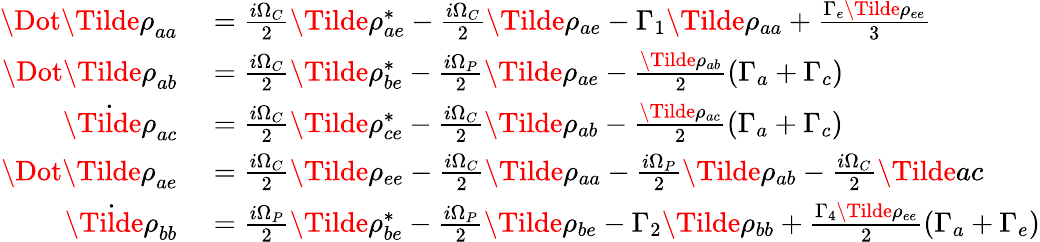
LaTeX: \begin{array}{rl}{\Dot{\Tilde{\rho}}_{aa}}&{{}=\frac{i\Omega_{C}}{2}\Tilde{\rho}_{ae}^{*}-\frac{i\Omega_{C}}{2}\Tilde{\rho}_{ae}-\Gamma_{1}\Tilde{\rho}_{aa}+\frac{\Gamma_{e}\Tilde{\rho}_{ee}}{3}}\\ {\Dot{\Tilde{\rho}}_{ab}}&{{}=\frac{i\Omega_{C}}{2}\Tilde{\rho}_{be}^{*}-\frac{i\Omega_{P}}{2}\Tilde{\rho}_{ae}-\frac{\Tilde{\rho}_{ab}}{2}(\Gamma_{a}+\Gamma_{c})}\\ {\dot{\Tilde{\rho}}_{ac}}&{{}=\frac{i\Omega_{C}}{2}\Tilde{\rho}_{ce}^{*}-\frac{i\Omega_{C}}{2}\Tilde{\rho}_{ab}-\frac{\Tilde{\rho}_{ac}}{2}(\Gamma_{a}+\Gamma_{c})}\\ {\Dot{\Tilde{\rho}}_{ae}}&{{}=\frac{i\Omega_{C}}{2}\Tilde{\rho}_{ee}-\frac{i\Omega_{C}}{2}\Tilde{\rho}_{aa}-\frac{i\Omega_{P}}{2}\Tilde{\rho}_{ab}-\frac{i\Omega_{C}}{2}\Tilde{ac}}\\ {\dot{\Tilde{\rho}}_{bb}}&{{}=\frac{i\Omega_{P}}{2}\Tilde{\rho}_{be}^{*}-\frac{i\Omega_{P}}{2}\Tilde{\rho}_{be}-\Gamma_{2}\Tilde{\rho}_{bb}+\frac{\Gamma_{4}\Tilde{\rho}_{ee}}{2}(\Gamma_{a}+\Gamma_{e})}\end{array}